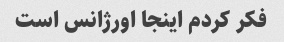
فکر کردم اینجا اورژانس است